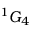
^ 1 G _ { 4 }